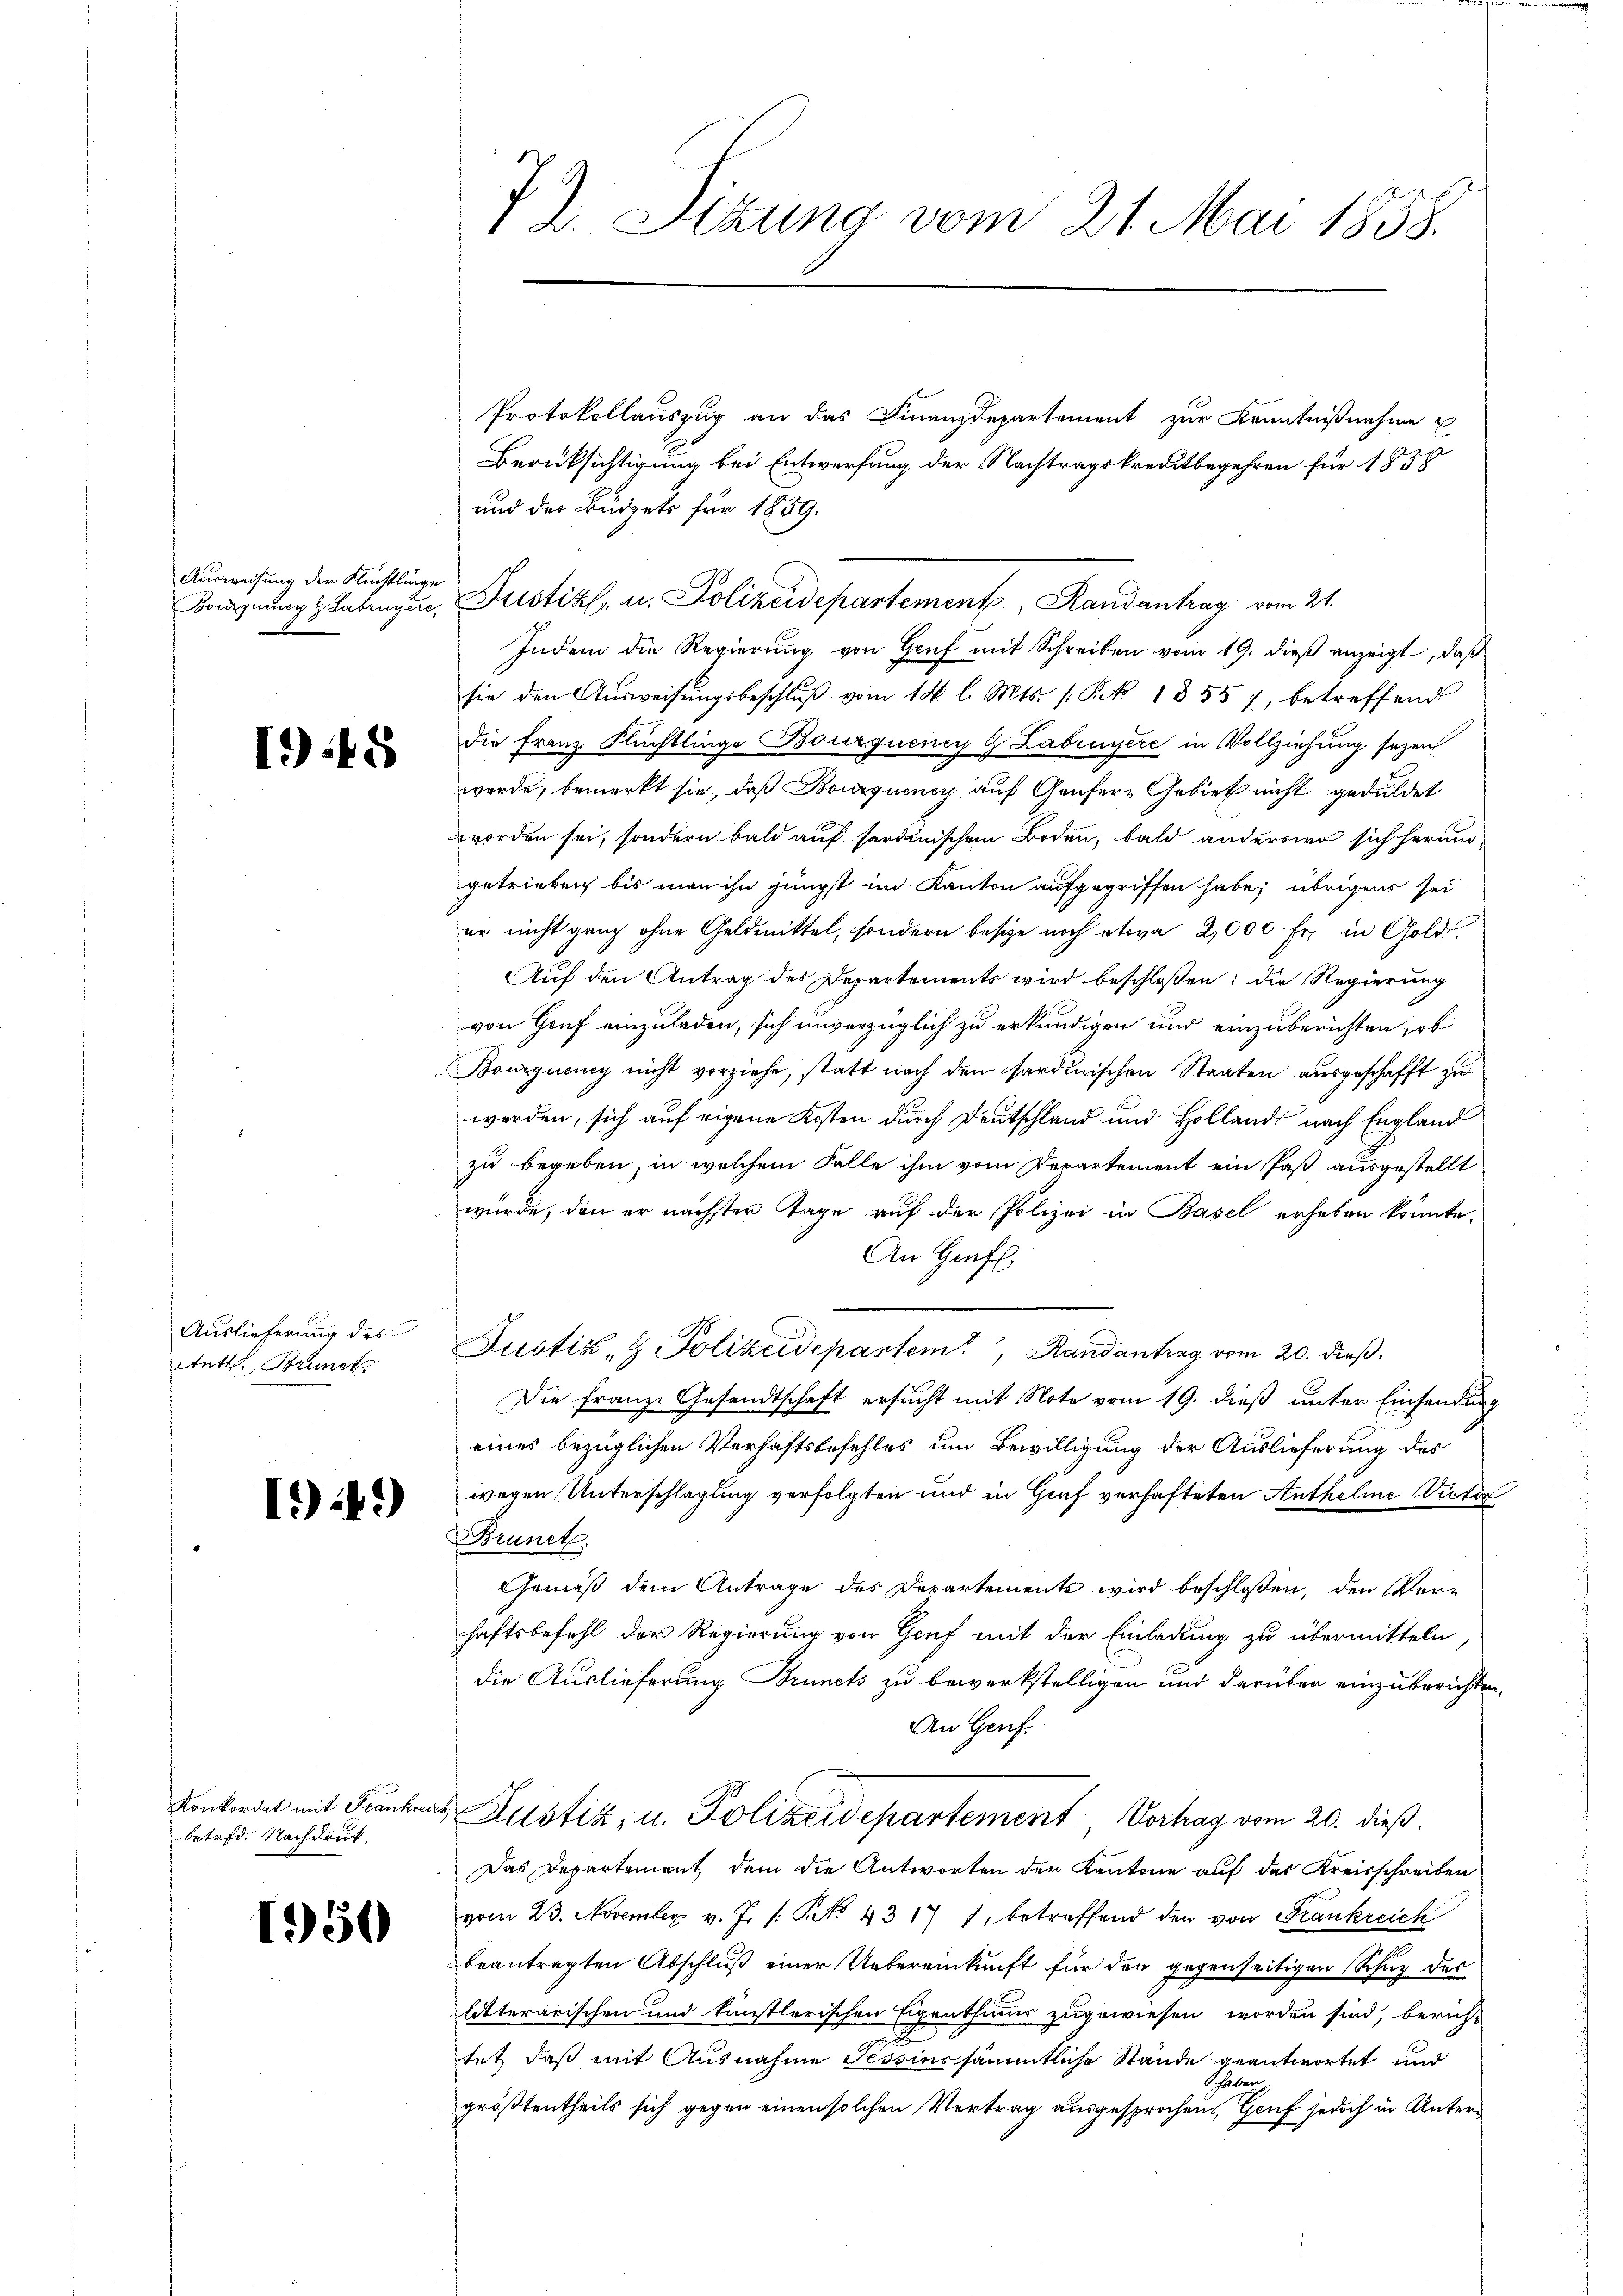
Ausweisung der Flüchtlinge

1948

Auslieferung des
Atuth. Brunck

149

betrfd. Nachdruck,

1950

72. Sitzung vom 21. Mai 1858.

Protokollauszug an das Finanzdepartement zur Kenntnißnahme u
Berücksichtigung bei Entwerfung der Nachtragskreditbegehren für 1858
und des Büdgets für 1859.
Boignung & Labenzer, Fristik u. Polizeidepartement Randantrag vom 21.
Indem die Regierung von Gruf mit Schreiben vom 19. dieß anzeigt, daß
sie den Aŭsweisŭngsbeschlŭβ vom 14. l. Mts. 1 Pkt. 1855, betreffend
die Franz Flüchtlinge Bourquency & Labruyère in Vollziehung sezen
werde, bemerkt sie, daß Bouquency auf Genfere Gebiet nicht geduldet
worden sei, sondern bald auf sardinischem Boden, bald anderswo sich herumgetrieben bis man ihn jüngst im Kanton aufgegriffen habe; übrigens sei
er nicht ganz ohne Geldmittel, sondern besie noch etwa 2,000 fr. in Gold¬
Auf den Antrag des Departements wird beschlossen; die Regierung
von Gruf einzuladen, sich unverzüglich zu erkundigen und einzuberichten, sob
Bourquung nicht vorziehe, statt nach den sardinischen Staaten ausgeschafft zu
werden, sich auf eigene Kosten durch Deutschland und Holland nach England
zu begeben, in welchem Falle ihm vom Departement ein Paß ausgestellt
würde, den er nächster Tage auf der Polizei in Basel erheben könnte.
An Genf
Justiz- & Polizeidepartem Randantrag vom 20. dieß.
Die Franze Gesandtschaft ersucht mit Note vom 19. dieß unter Einsendung
eines bezüglichen Verhaftsbefehles um Bewilligung der Auslieferung des
wegen Unterschlagung verfolgten und in Gief verhafteten Anthelme Victor
Brunet.
Gemäß dem Antrage des Departements wird beschloßen, den Verhaftsbefehl der Regierung von Genf mit der Einladung zu übermitteln
die Auslieferung Brunets zu bewerkstelligen und darüber einzuberichten.
An Genf.
Konkordat mit Frankens Justiz, u. Polizeidepartement Vortrag vom 20. dieß.
Das Departement dem die Antworten der Kantone auf das Kreisschreiben
vom 23. November v. J. 1. No 4317 1, betreffend den von Frankreich
beantragten Abschluß einer Uebereinkunft für den gegenseitigen Schuz des
litterarischen und künstlerischen Eigenthums zugewiesen worden sind, berich-
tet, daß mit Ausnahme Sessier sämmtliche Stände geantwortet und
 haben
größtentheils sich gegen einen solchen Vertrag ausgesprochen, Genf jedoch in Unter¬